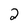
Character: 2